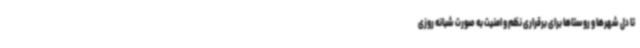
تا دل شهرها و روستاها برای برقراری نظم و امنیت به صورت شبانه روزی